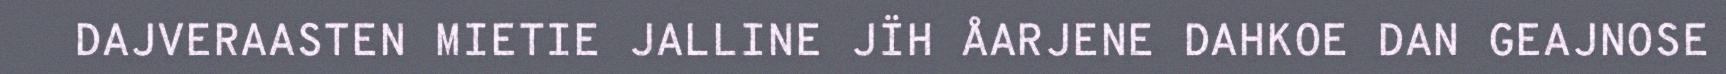
DAJVERAASTEN MIETIE JALLINE JÏH ÅARJENE DAHKOE DAN GEAJNOSE